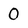
Character: 0